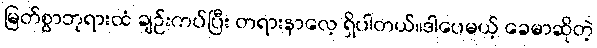
မြတ်စွာဘုရားထံ ချဉ်းကပ်ပြီး တရားနာလေ့ ရှိပါတယ်။ဒါပေမယ့် ခေမာဆိုတဲ့